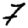
Digit: 7